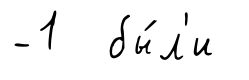
-1 бы́л'и